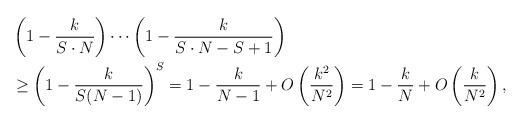
LaTeX: \begin{align*}& \left(1-\frac{k}{S\cdot N}\right)\cdots \left(1-\frac{k}{S\cdot N-S+1}\right)\\&\geq \left(1-\frac{k}{S(N-1)}\right)^{S} =1-\frac{k}{N-1}+O\left(\frac{k^2}{N^2}\right) =1-\frac{k}{N}+O\left(\frac{k}{N^2}\right),\end{align*}